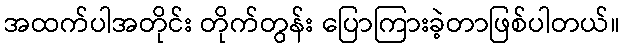
အထက်ပါအတိုင်း တိုက်တွန်း ပြောကြားခဲ့တာဖြစ်ပါတယ်။